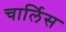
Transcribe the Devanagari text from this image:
चार्लिस